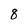
Character: 8